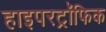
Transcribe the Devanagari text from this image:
हाइपरट्रॉफिक